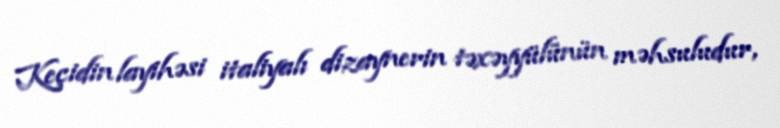
Keçidin layihəsi italiyalı dizaynerin təxəyyülünün məhsuludur,